Annual report on the working of the lock hospitals in the Central Provinces
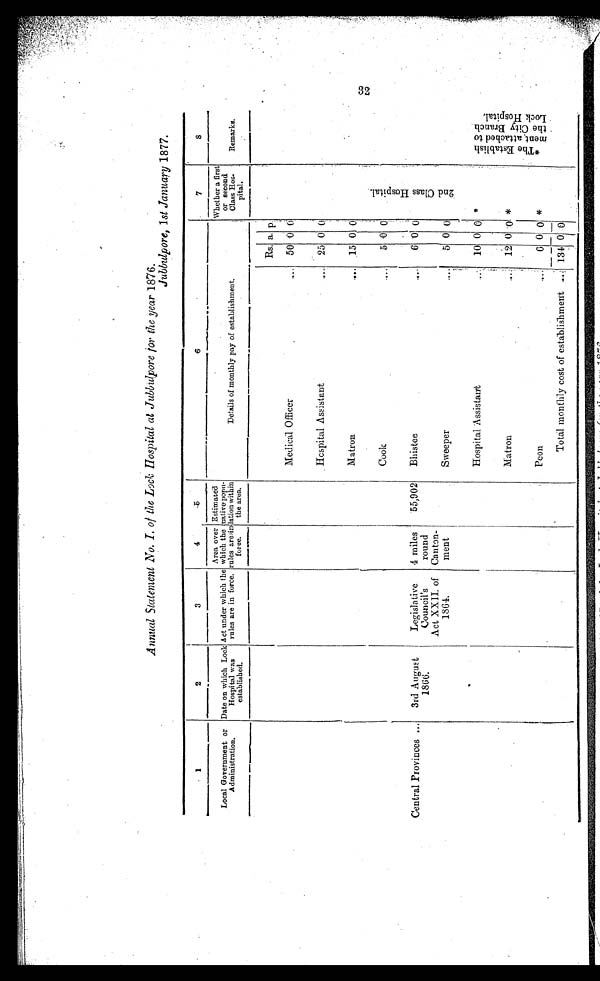
Annual Statement No. I. of the Lock Hospital at Jubbulpore for the year 1876.
Jubbulpore, 1 st January 1877.
1
2
3
4
5
6
7
8
Local Government or
Administration.
Date on which Lock
Hospital was
established.
Act under which the
rules are in force.
Area over
which the
rules are.in
form.
Estimated
native popu-
lation within
the area.
Details of monthly pay of establishment.
Whether a first
or second
Class Hos
- pital.
Remarks.
Rs. a. p.
2 n d C l a s s H o s p i t a l .
Medical Officer...
5 0
0 0
Hospital Assistant
...
25 0 0
Matron
...
15 0 0
Cook...
5
0
0
Central Provinces ...
3rd August
1866.
Legislative
Council's
Act XXII. of
1864.
4 mile
round
Canton-
ment
55,902
Bhistee
...
6
0 0
Sweeper
...
5 0 0
Hospital Assistant ..
10 0 0 *
* T h e E s t a b l i s h - me n t a t t a c h e d t o t h e C i t y B r a n c h .
Matron ..
12 0 0 *
Peon
...
6 0 0 *
Total monthly cost of establishment ... 134 0 0